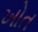
ખોત